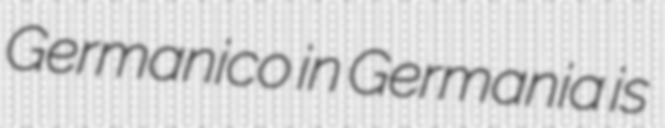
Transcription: Germanico in Germania is